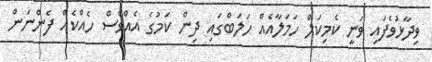
ވިދާޅުވެފައި ވަނީ ކެމިކަލް ހަމަލާއެއް ހަލަބްގައި ދިން ކަމުގެ އެއްވެސް ހެއްކެއް ފެންނަން